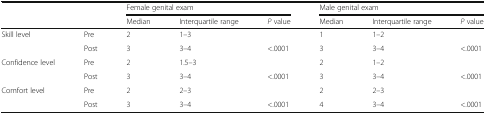
| <ROWSPAN=2>  | <ROWSPAN=2>  | <COLSPAN=3> Female genital exam | <COLSPAN=3> Male genital exam |
 | Median | Interquartile range | P value | Median | Interquartile range | P value |
 | --- | --- | --- | --- | --- | --- | --- | --- |
 | <ROWSPAN=2> Skill level | Pre | 2 | 1–3 |  | 1 | 1–2 |  |
 | Post | 3 | 3–4 | <.0001 | 3 | 3–4 | <.0001 |
 | <ROWSPAN=2> Confidence level | Pre | 2 | 1.5–3 |  | 2 | 1–2 |  |
 | Post | 3 | 3–4 | <.0001 | 3 | 3–4 | <.0001 |
 | <ROWSPAN=2> Comfort level | Pre | 2 | 2–3 |  | 2 | 2–3 |  |
 | Post | 3 | 3–4 | <.0001 | 4 | 3–4 | <.0001 |